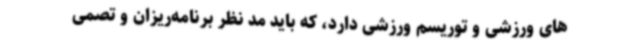
های ورزشی و توریسم ورزشی دارد، که باید مد نظر برنامه‌ریزان و تصمی